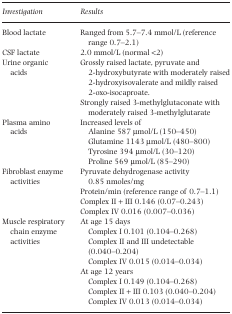
<table><thead><tr><td><b>Investigation</b></td><td><b>Results</b></td></tr></thead><tbody><tr><td>Blood lactate</td><td>Ranged from 5.7–7.4 mmol/L (reference range 0.7–2.1)</td></tr><tr><td>CSF lactate</td><td>2.0 mmol/L (normal &lt;2)</td></tr><tr><td rowspan="2">Urine organic acids</td><td>Grossly raised lactate, pyruvate and 2‐hydroxybutyrate with moderately raised 2‐hydroxyisovalerate and mildly raised 2‐oxo‐isocaproate.</td></tr><tr><td>Strongly raised 3‐methylglutaconate with moderately raised 3‐methylglutarate</td></tr><tr><td rowspan="5">Plasma amino acids</td><td>Increased levels of</td></tr><tr><td> Alanine 587 μmol/L (150–450)</td></tr><tr><td> Glutamine 1143 μmol/L (480–800)</td></tr><tr><td> Tyrosine 394 μmol/L (30–120)</td></tr><tr><td> Proline 569 μmol/L (85–290)</td></tr><tr><td rowspan="4">Fibroblast enzyme activities</td><td>Pyruvate dehydrogenase activity 0.85 nmoles/mg</td></tr><tr><td>Protein/min (reference range of 0.7–1.1)</td></tr><tr><td>Complex II + III 0.146 (0.07–0.243)</td></tr><tr><td>Complex IV 0.016 (0.007–0.036)</td></tr><tr><td rowspan="8">Muscle respiratory chain enzyme activities</td><td>At age 15 days</td></tr><tr><td> Complex I 0.101 (0.104–0.268)</td></tr><tr><td> Complex II and III undetectable (0.040–0.204)</td></tr><tr><td> Complex IV 0.015 (0.014–0.034)</td></tr><tr><td>At age 12 years</td></tr><tr><td> Complex I 0.149 (0.104–0.268)</td></tr><tr><td> Complex II + III 0.103 (0.040–0.204)</td></tr><tr><td> Complex IV 0.013 (0.014–0.034)</td></tr></tbody></table>